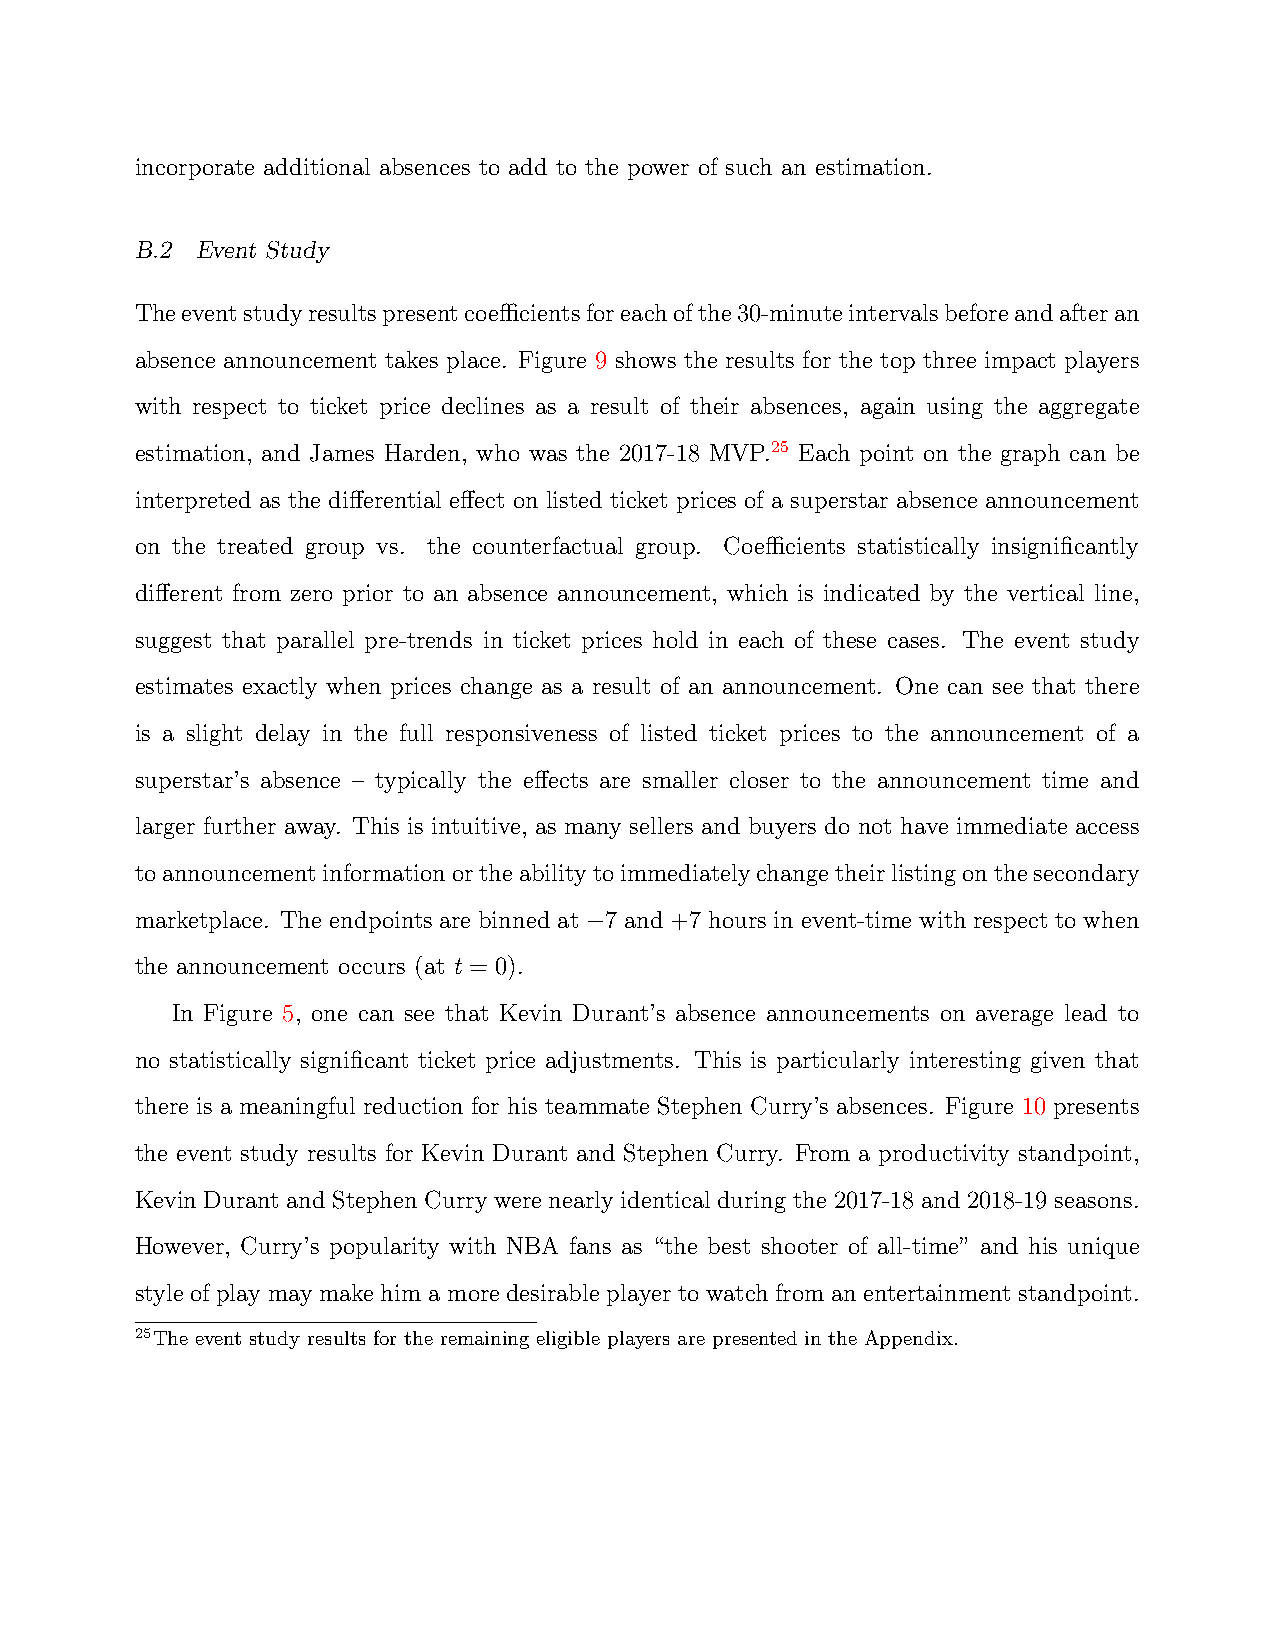
incorporate additional absences to add to the power of such an estimation.
 B.2 Event Study
 Theeventstudyresultspresentcoefficientsforeachofthe30-minuteintervalsbeforeandafteran
 absence announcement takes place. Figure 9 shows the results for the top three impact players
 with respect to ticket price declines as a result of their absences, again using the aggregate
 estimation, and James Harden, who was the 2017-18 MVP.25 Each point on the graph can be
 interpreted as the differential effect on listed ticket prices of a superstar absence announcement
 on the treated group vs. the counterfactual group. Coefficients statistically insignificantly
 different from zero prior to an absence announcement, which is indicated by the vertical line,
 suggest that parallel pre-trends in ticket prices hold in each of these cases. The event study
 estimates exactly when prices change as a result of an announcement. One can see that there
 is a slight delay in the full responsiveness of listed ticket prices to the announcement of a
 superstar’s absence – typically the effects are smaller closer to the announcement time and
 larger further away. This is intuitive, as many sellers and buyers do not have immediate access
 toannouncementinformationortheabilitytoimmediatelychangetheirlistingonthesecondary
 marketplace. The endpoints are binned at −7 and +7 hours in event-time with respect to when
 the announcement occurs (at t = 0).
 In Figure 5, one can see that Kevin Durant’s absence announcements on average lead to
 no statistically significant ticket price adjustments. This is particularly interesting given that
 there is a meaningful reduction for his teammate Stephen Curry’s absences. Figure 10 presents
 the event study results for Kevin Durant and Stephen Curry. From a productivity standpoint,
 Kevin Durant and Stephen Curry were nearly identical during the 2017-18 and 2018-19 seasons.
 However, Curry’s popularity with NBA fans as “the best shooter of all-time” and his unique
 style of play may make him a more desirable player to watch from an entertainment standpoint.
 25The event study results for the remaining eligible players are presented in the Appendix.